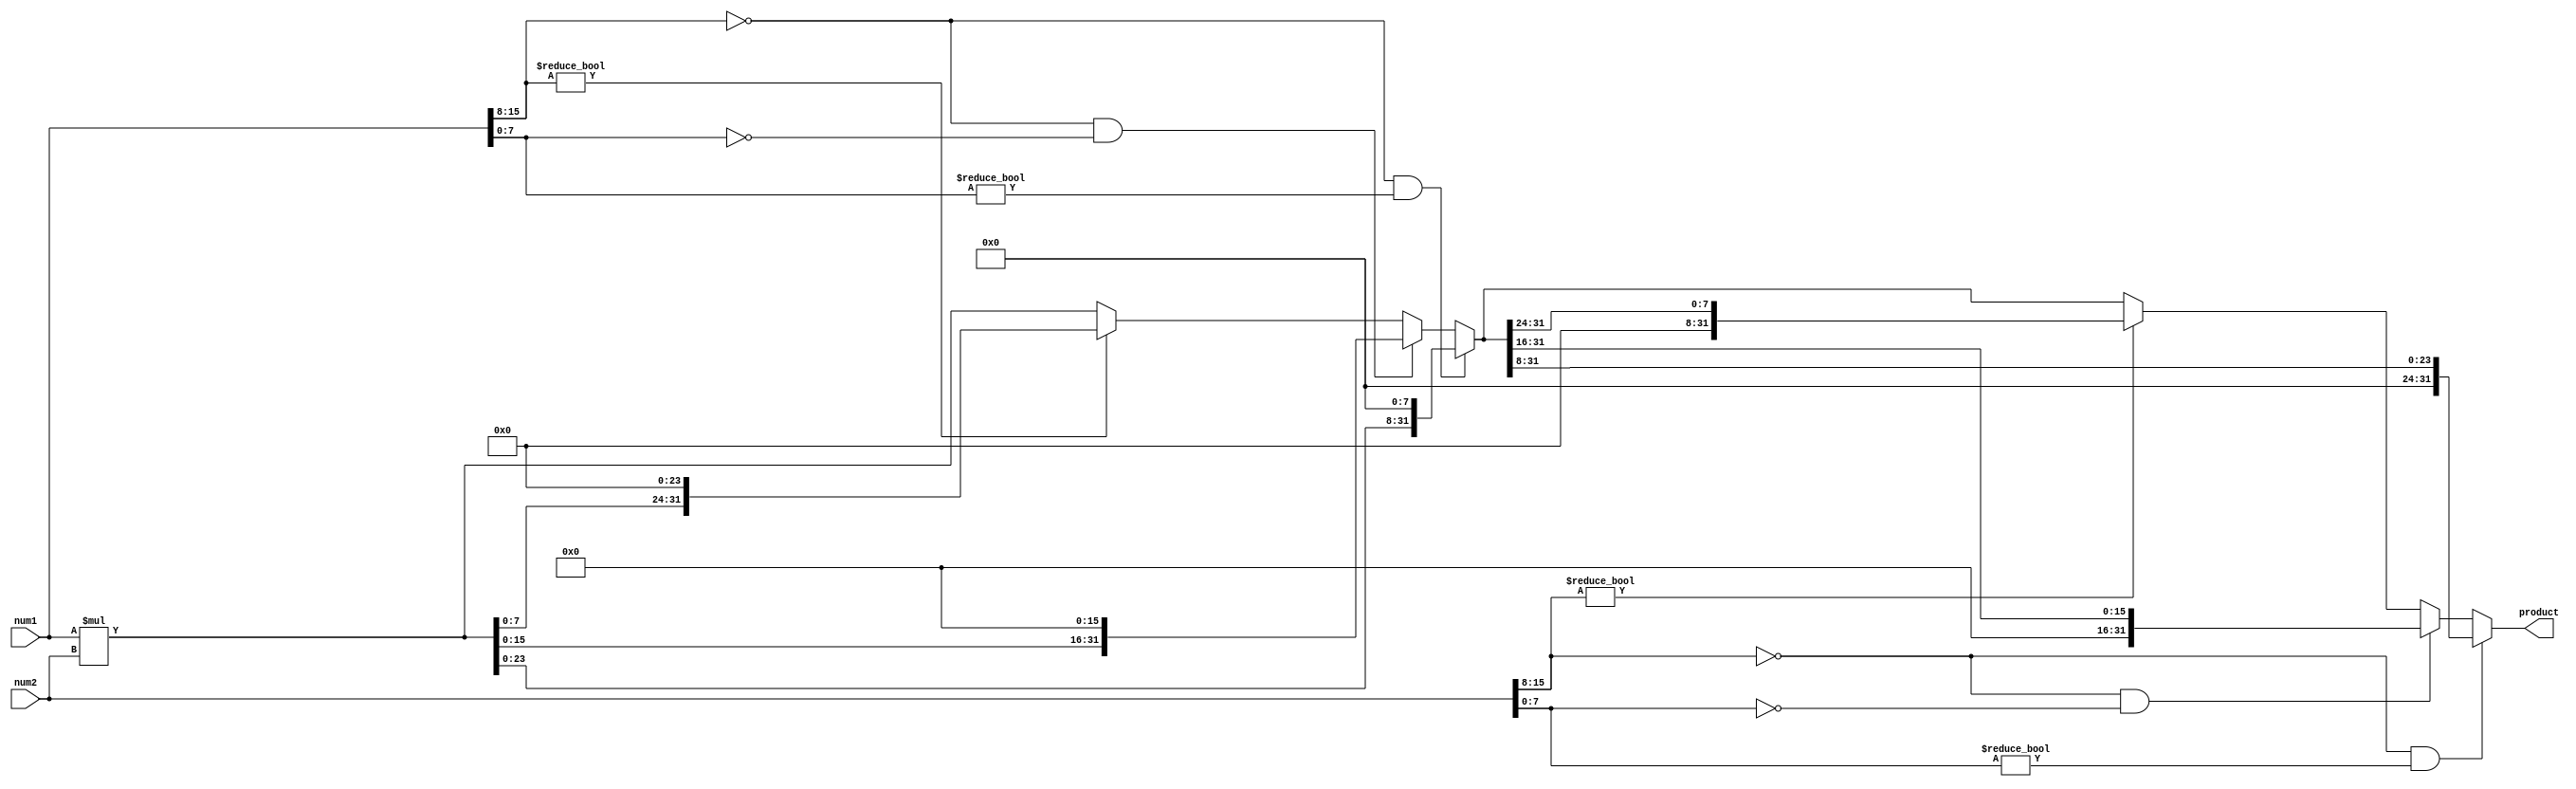
module fixed_point_multiplier (
  input [15:0] num1, // input fixed-point number 1
  input [15:0] num2, // input fixed-point number 2
  output reg [31:0] product // output product
);

reg [31:0] temp_product;

always @* begin
  temp_product = num1 * num2; // calculate the product of the two inputs

  if (num1[15:8] == 0 && num1[7:0] != 0) begin // shift result based on decimal points of input 1
    temp_product = temp_product << 8;
  end else if (num1[15:8] == 0 && num1[7:0] == 0) begin
    temp_product = temp_product << 16;
  end else if (num1[15:8] != 0) begin
    temp_product = temp_product << 24;
  end

  if (num2[15:8] == 0 && num2[7:0] != 0) begin // shift result based on decimal points of input 2
    temp_product = temp_product >> 8;
  end else if (num2[15:8] == 0 && num2[7:0] == 0) begin
    temp_product = temp_product >> 16;
  end else if (num2[15:8] != 0) begin
    temp_product = temp_product >> 24;
  end

  product <= temp_product; // assign final product to output
end

endmodule